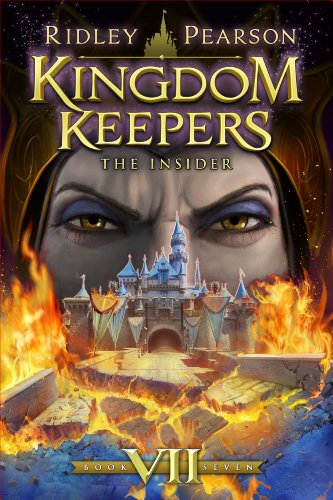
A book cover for Kingdom Keepers VII: The Insider; Ridley Pearson; Children's Books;